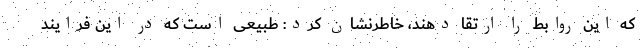
که این روابط را ارتقا دهند، خاطرنشان کرد: طبیعی است که در این فرایند